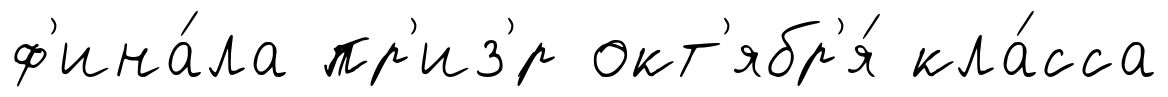
ф'ина́ла пр'из'́р окт'ябр'я́ кла́сса